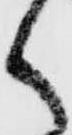
く